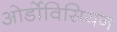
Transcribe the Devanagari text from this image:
ओर्डोविसियन